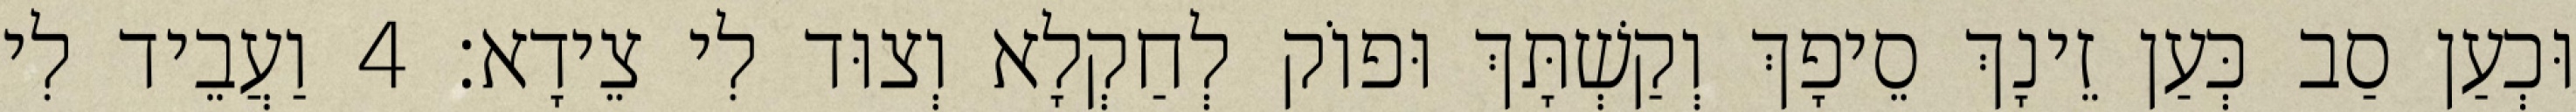
וּכְעַן סַב כְּעַן זֵינָךְ סֵיפָךְ וְקַשְׁתָּךְ וּפוֹק לְחַקְלָא וְצוּד לִי צֵידָא׃ 4 וַעֲבֵיד לִי